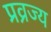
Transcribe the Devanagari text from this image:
प्रव्रज्य